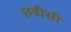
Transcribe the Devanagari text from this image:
छबीसी